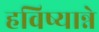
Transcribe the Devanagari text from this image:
हविष्यान्ने